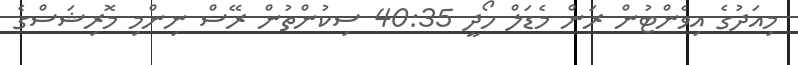
މިއަދުގެ އިވެންޓުން ރަން މެޑަލް ހޯދީ 40:35 ސިކުންތުން ރޭސް ނިންމި މޮރިޝަސްގެ